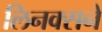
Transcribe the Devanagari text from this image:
लिनक्सने